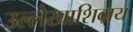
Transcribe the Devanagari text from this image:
उल्लेखाशिवाय